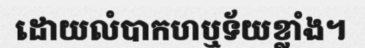
ដោយលំបាកហឬទ័យខ្លាំង។